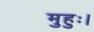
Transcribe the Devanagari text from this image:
मुहुः।